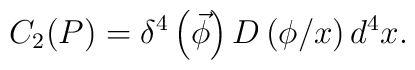
C_2(P)=\delta ^4\left( \vec \phi \right) D\left( \phi /x\right) d^4x.